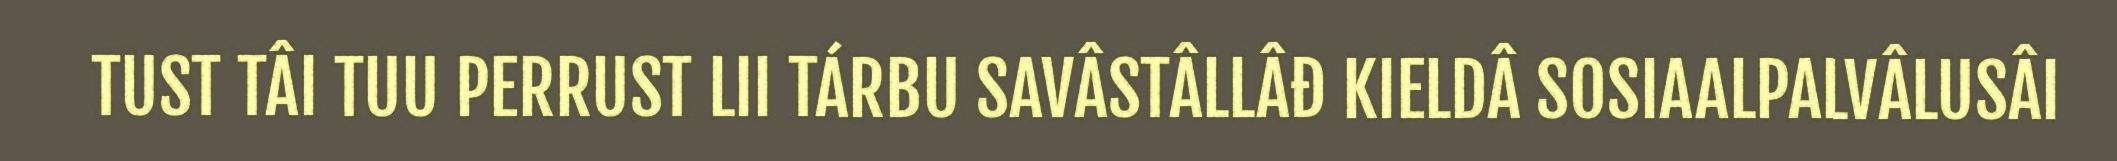
TUST TÂI TUU PERRUST LII TÁRBU SAVÂSTÂLLÂĐ KIELDÂ SOSIAALPALVÂLUSÂI